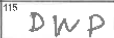
Transcription: DWP